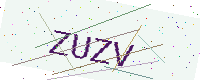
Text: ZUZV